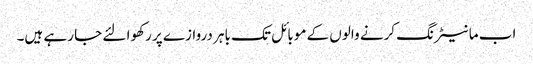
اب مانیٹرنگ کرنے والوں کے موبائل تک باہر دروازے پر رکھوا لئے جا رہے ہیں۔